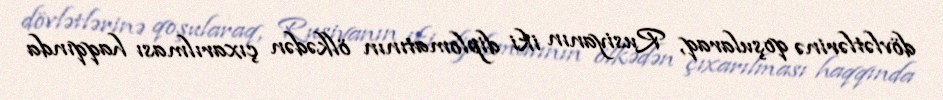
dövlətlərinə qoşularaq, Rusiyanın iki diplomatının ölkədən çıxarılması haqqında